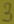
Text: 3